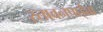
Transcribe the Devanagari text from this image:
स्तावनपाईवा